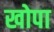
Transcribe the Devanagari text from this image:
खोपा